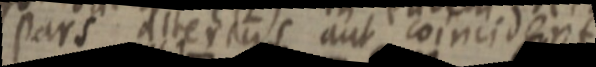
pars alterius aut coincident